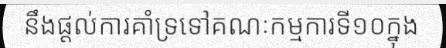
នឹងផ្តល់ការគាំទ្រទៅគណៈកម្មការទី១០ក្នុង